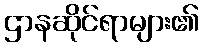
ဌာနဆိုင်ရာများ၏